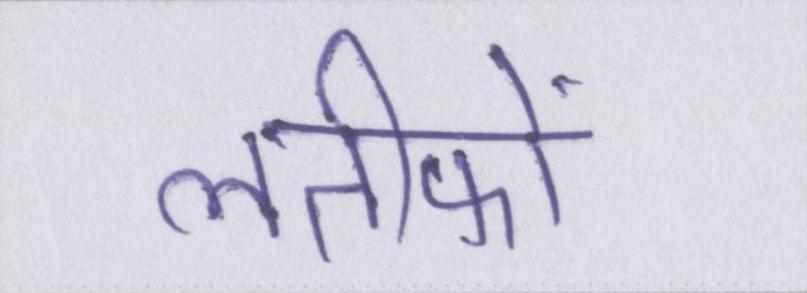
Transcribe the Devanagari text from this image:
लतीफों